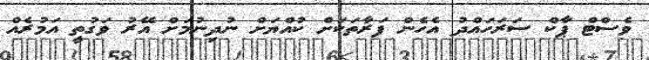
ވެސްޓް ޕާކް ސަރަހައްދު އެހެން ފަރާތަކަށް ކުއްޔަށް ނުދިނުމަށް އޭރު ވަގުތީ އަމުރެއް